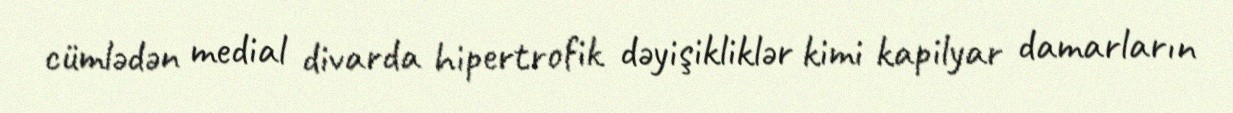
cümlədən medial divarda hipertrofik dəyişikliklər kimi kapilyar damarların